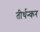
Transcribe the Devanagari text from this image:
तीर्थन्कर